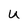
Character: U